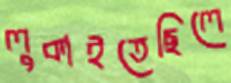
লুকাইতেছিলে